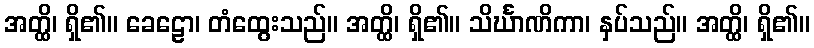
အတ္ထိ၊ ရှိ၏။ ခေဠော၊ တံထွေးသည်။ အတ္ထိ၊ ရှိ၏။ သိင်္ဃာဏိကာ၊ နှပ်သည်။ အတ္ထိ၊ ရှိ၏။